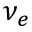
\nu _ { e }